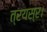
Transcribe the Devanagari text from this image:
त्रयस्र।